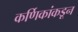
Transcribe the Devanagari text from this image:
कर्णिकांकडून